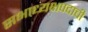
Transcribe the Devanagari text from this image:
सभाध्यक्षपदाची